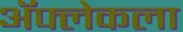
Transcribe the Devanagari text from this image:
ॲफ्लेकला